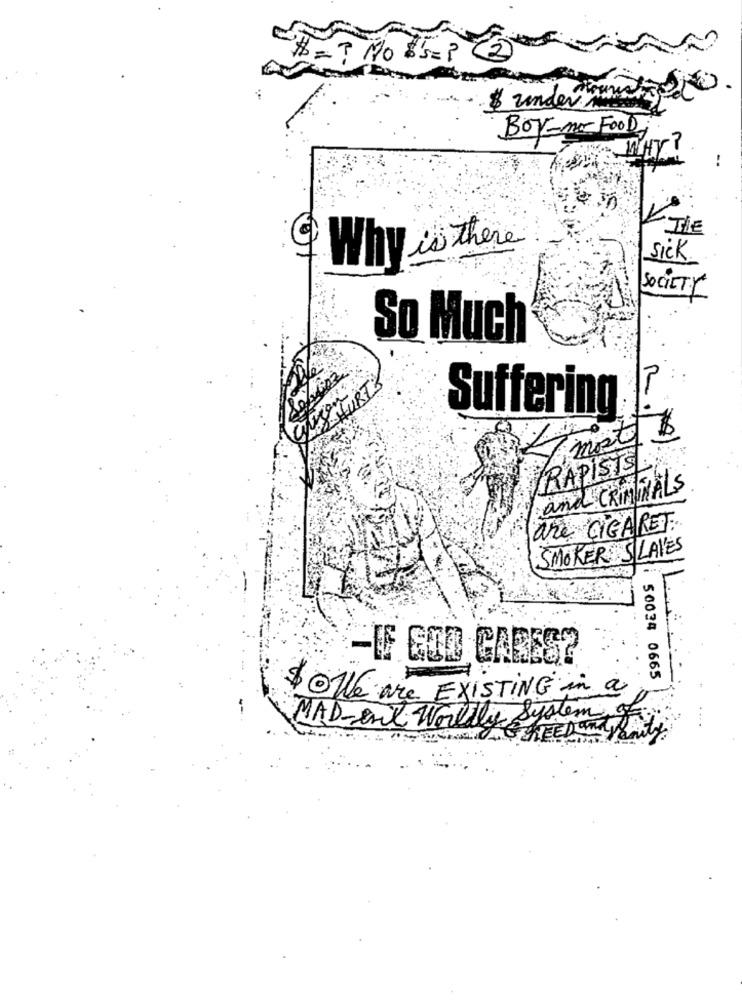
# = ? NO &'S = P
$ under
BOY-no FOOD
K TIE
Why is there
Sick
SOCIETY
So Much
Suffering
most $
RAPIST
and co
CRIMINALS
are CIGARET.
SMOKER SLAVES
-IS GOD CARES?
50034 0665
$OWE are EXISTING in a
MAD - enil Worldly System of
HONAGREEDon Vanity